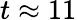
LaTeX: t\approx 11